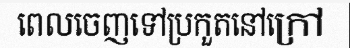
ពេលចេញទៅប្រកួតនៅក្រៅ